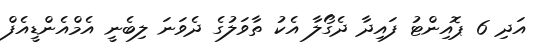
އަދި 6 ޕޮއިންޓު ފައިދާ ދެގޯލާ އެކު ތާވަލުގެ ދެވަނަ ލިބެނީ އެމްއެންޑީއެފް